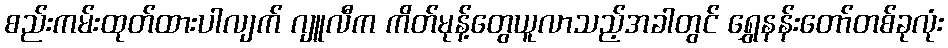
စည်းကမ်းထုတ်ထားပါလျက် ဂျူလီက ကိတ်မုန့်တွေယူလာသည့်အခါတွင် ရွှေနန်းတော်တစ်ခုလုံး